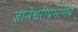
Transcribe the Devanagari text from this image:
ज्ञानेश्वरीप्रमाणेच